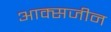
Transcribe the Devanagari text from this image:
आक्सजीन